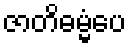
ဇာတိဓမ္မံပေ